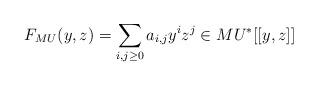
LaTeX: \begin{align*}F_{MU}(y,z) = \sum_{i,j \geq 0} a_{i,j}y^iz^j \in MU^*[[y,z]]\end{align*}